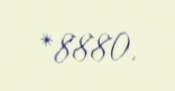
*8880.